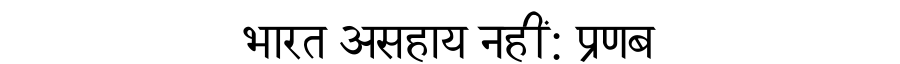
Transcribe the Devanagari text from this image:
भारत असहाय नहीं: प्रणब